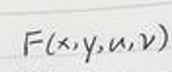
$F(x,y,u,v)$